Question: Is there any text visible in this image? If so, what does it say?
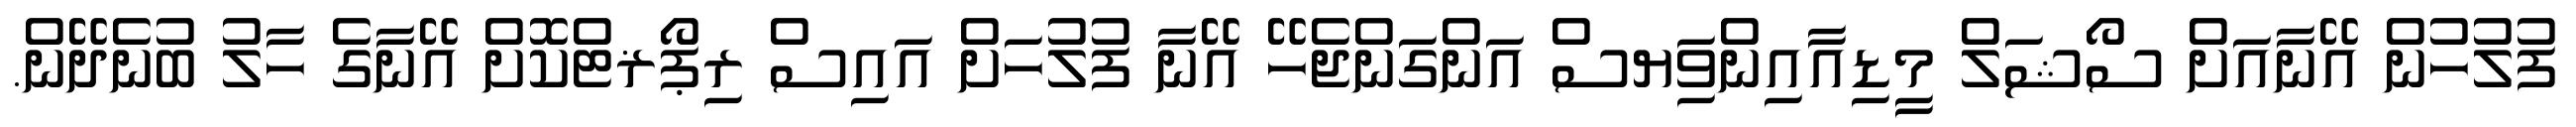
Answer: ފުލުހުން އޭނާއަށް ސޯޝަލް މީޑިއާއިންވިަޔސް އަންގަންޖެހޭ އޭނާ ފުލުހަށް އައިސް ރިޕޯޜޓްކޮށް އޭނާގެ ހާލު ބުނެދޭން.